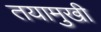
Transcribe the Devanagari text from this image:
तयामुखी